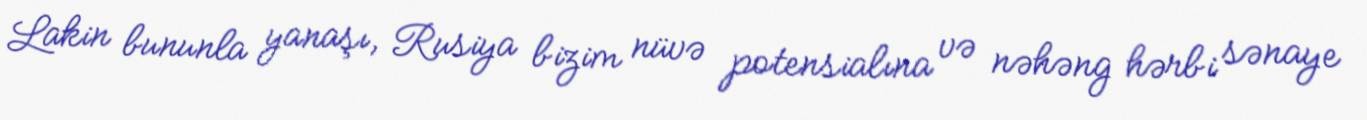
Lakin bununla yanaşı, Rusiya bizim nüvə potensialına və nəhəng hərbi sənaye